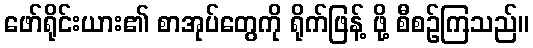
ဖော်ရိုင်းယား၏ စာအုပ်တွေကို ရိုက်ဖြန့် ဖို့ စီစဉ်ကြသည်။